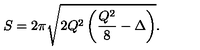
S = 2 \pi \sqrt { 2 Q ^ { 2 } \left( \frac { Q ^ { 2 } } { 8 } - \Delta \right) } .